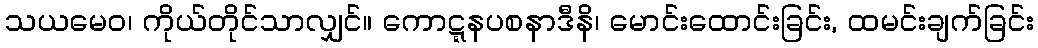
သယမေဝ၊ ကိုယ်တိုင်သာလျှင်။ ကောဋ္ဋနပစနာဒီနိ၊ မောင်းထောင်းခြင်း, ထမင်းချက်ခြင်း